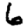
Digit: 6